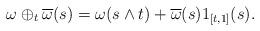
LaTeX: \begin{align*}\omega \oplus_t \overline\omega(s) = \omega(s\wedge t) + \overline\omega(s)1_{[t,1]}(s).\end{align*}